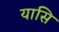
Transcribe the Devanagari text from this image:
यासि